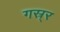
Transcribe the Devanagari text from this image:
गस्र्र